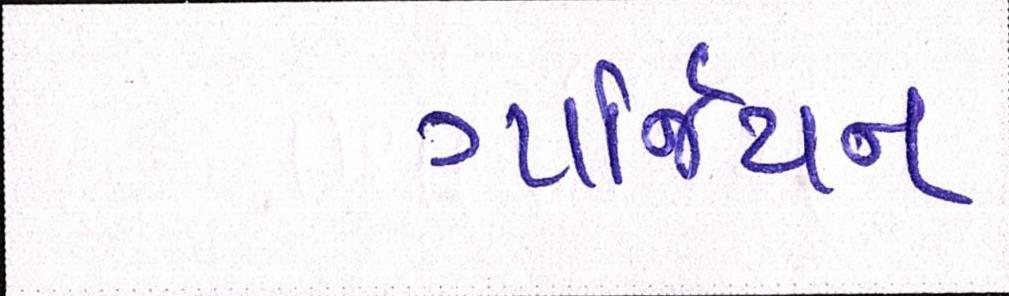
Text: ગાર્જિયન